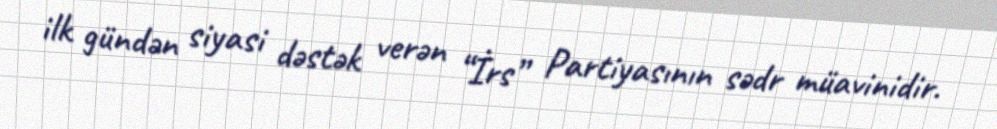
ilk gündən siyasi dəstək verən “İrs” Partiyasının sədr müavinidir.